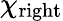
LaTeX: \chi_{\mathrm{right}}